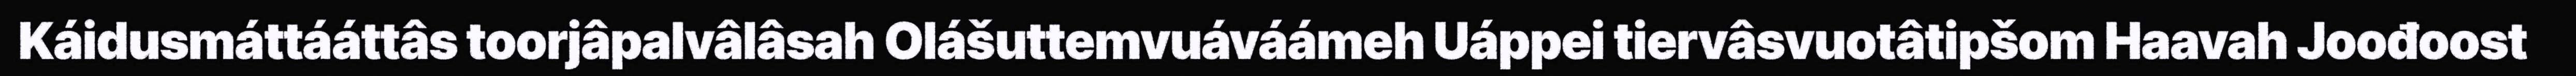
Káidusmáttááttâs toorjâpalvâlâsah Olášuttemvuáváámeh Uáppei tiervâsvuotâtipšom Haavah Joođoost